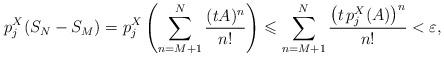
LaTeX: \begin{align*}p_{j}^{X}(S_N - S_M) = p_{j}^{X}\left( \sum_{n=M+1}^{N} \dfrac{(tA)^n}{n!} \right) \leqslant \sum_{n=M+1}^{N} \dfrac{\left( t \, p_{j}^{X}(A)\right)^n}{n!} < \varepsilon, \end{align*}